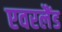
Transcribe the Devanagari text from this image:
एवरलैंड